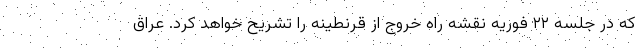
که در جلسه ۲۲ فوریه نقشه راه خروج از قرنطینه را تشریح خواهد کرد. عراق